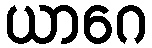
ယာဂေ